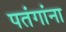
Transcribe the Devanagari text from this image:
पतंगांना